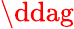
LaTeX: \ddag